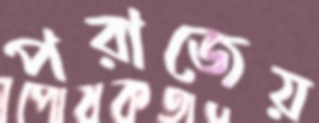
পরাজেয়